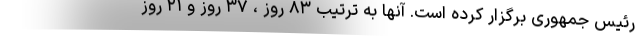
رئیس جمهوری برگزار کرده است. آنها به ترتیب ۸۳ روز ، ۳۷ روز و ۲۱ روز